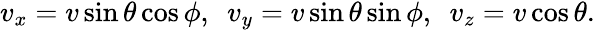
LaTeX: \begin{array}{r}{v_{x}=v\sin\theta\cos\phi,~~v_{y}=v\sin\theta\sin\phi,~~v_{z}=v\cos\theta.}\end{array}